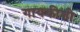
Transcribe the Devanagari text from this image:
गायकीशी